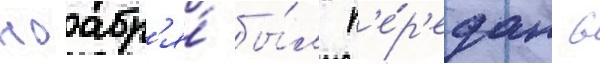
ноабр'я́ бы́л п'е́р'едан в